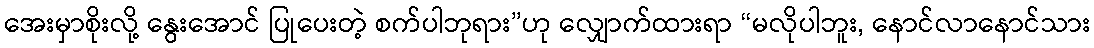
အေးမှာစိုးလို့ နွေးအောင် ပြုပေးတဲ့ စက်ပါဘုရား”ဟု လျှောက်ထားရာ “မလိုပါဘူး, နောင်လာနောင်သား